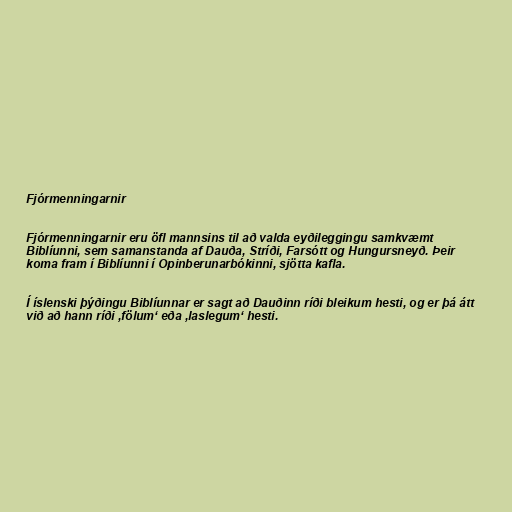
Fjórmenningarnir

Fjórmenningarnir eru öfl mannsins til að valda eyðileggingu samkvæmt
Biblíunni, sem samanstanda af Dauða, Stríði, Farsótt og Hungursneyð. Þeir
koma fram í Biblíunni í Opinberunarbókinni, sjötta kafla.

Í íslenski þýðingu Biblíunnar er sagt að Dauðinn ríði bleikum hesti, og er þá átt
við að hann ríði ‚fölum‘ eða ‚laslegum‘ hesti.